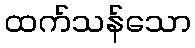
ထက်သန်သော